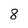
Character: 8